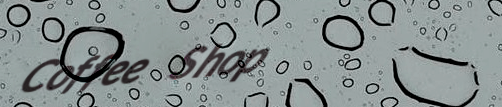
Coffee Shop